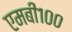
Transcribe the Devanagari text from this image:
एमबी१००